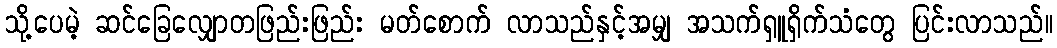
သို့ပေမဲ့ ဆင်ခြေလျှောတဖြည်းဖြည်း မတ်စောက် လာသည်နှင့်အမျှ အသက်ရှူရှိက်သံတွေ ပြင်းလာသည်။